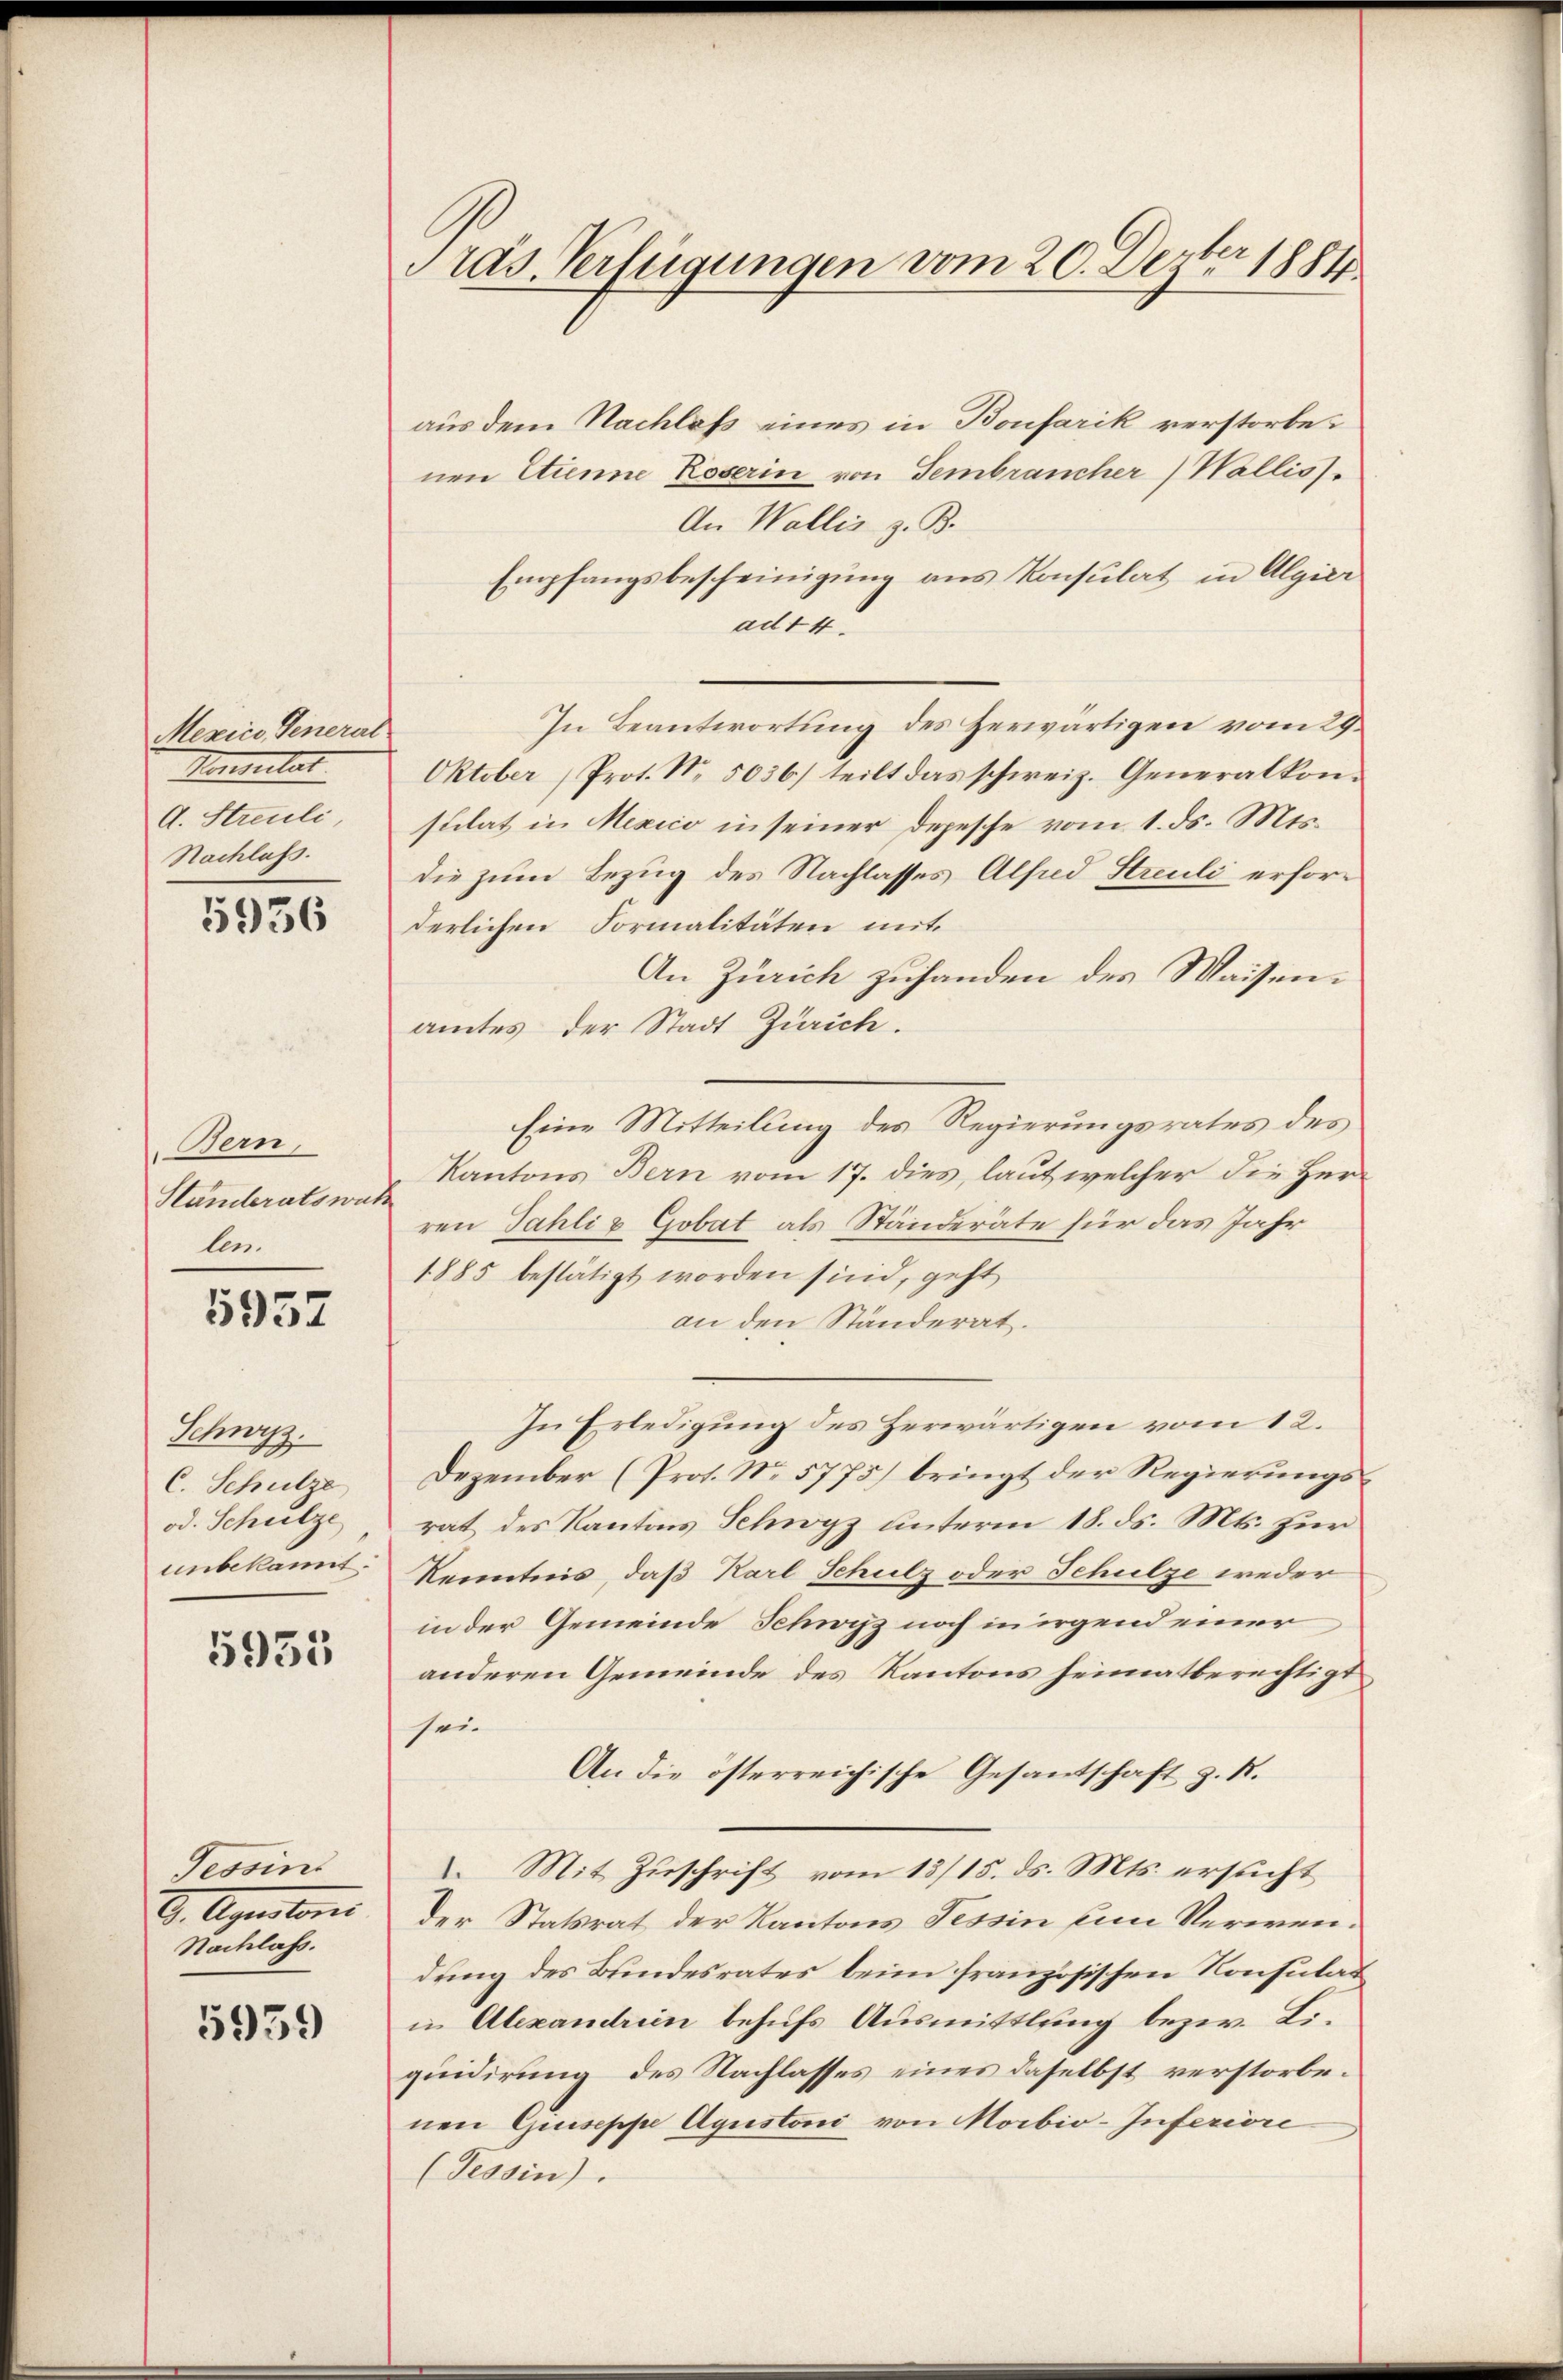
Mexico General
Pensuitat
d. Streuli,
Nachlass.

5936

Bern,
Htändleratswat.
len.

1957

Schwyz.
C. Schulze
od. Schulze
unbekannt:

5955

Tessini
D. Agnestoris
Nachlass.

5959

Pras. Verfügungen vom 20. Dezter 1881

aus dem Nachlaß eines in Bonfarik verstorbenen Etienne Koserin von Fembrancher) Wallis
An Wallis z. B.
Empfangsbescheinigung aus Konsulat in Algier
ad 14.
In Beantwortung des Herwärtigen vom 29.
Oktober, Prot. No. 5036) teilt das schweiz. Generalkonstilat in Mexico in seiner Depesche vom 1. ds. Mts.
die zum Bezug des Nachlasses Alfred Streuli erforderlichen Formalitäten mit.
An Zürich zuhanden des Waisenamtes der Stadt Zürich.
Eine Mitteilung des Regierungsrates des
Kantons Bern vom 17. dies, laut welcher die Herr
ren Tahli & Gobat als Ständeräte für das Jahr
1885 bestätigt worden sind, geht
an den Ständerat.
In Erledigung des Herwärtigen vom 12.
Dezember (Prot. N. 5775) bringt der Regierungsrat des Kantons Schwyz unterm 18. ds. Mts. zur
Kenntnis, daß Karl Schulz oder Schulze weder
in der Gemeinde Schwyz noch in irgend einer
anderen Gemeinde des Kantons heimatberechtigt
sei.
An die österreichische Gesandschaft z. B.
2. Mit Zuschrift vom 13/15. ds. Mts. ersucht
der Statsrat der Kantons Tessin ein Verwendung des Bundesrates beim französischen Konsulat
in Alexandrein behufs Ausmittlung bezw. Liquidirung des Nachlasses eines daselbst verstorbenen Guiseppe Agustoni von Mobio-Inferiore
(Tessin).